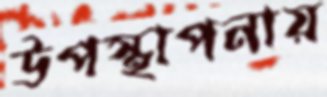
উপস্থাপনায়